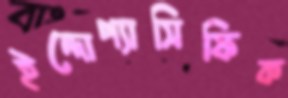
ইন্দোপ্যাসিফিক